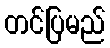
တင်ပြမည်